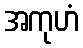
အကုဟံ